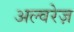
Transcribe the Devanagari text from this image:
अल्वरेज़